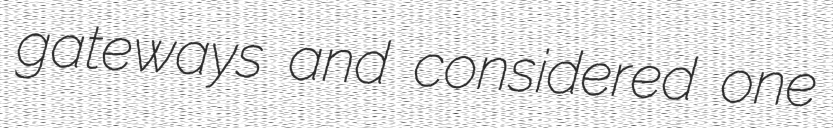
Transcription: gateways and considered one